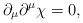
LaTeX: \begin{align*}\partial_\mu\partial^\mu\chi=0,\end{align*}